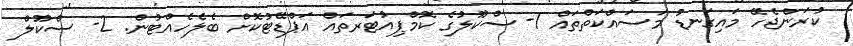
ކުރަންޖެހޭ މައިގަނޑު މަސައްކަތްތައް 1- ސްކޫލުގެ ކޮމްޕިއުޓަރތައް އަޕްޑޭޓުކޮށް ބެލެހެއްޓުން. 2- ސްކޫލް